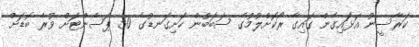
ކަރާސީނު އަޅައިގެން ގައިގާ ރޯކޮށްލުމުގެ ސަބަބުން ހަށިގަނޑުގެ 50 ޕަސެންޓަށް ވުރެ ބޮޑަށް